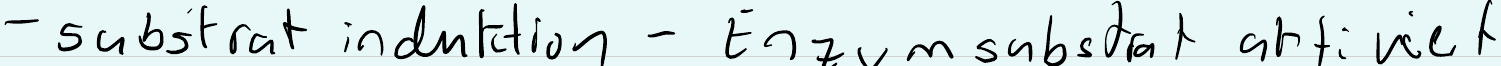
- substrat induktion - Enzymsubstrat aktiviert